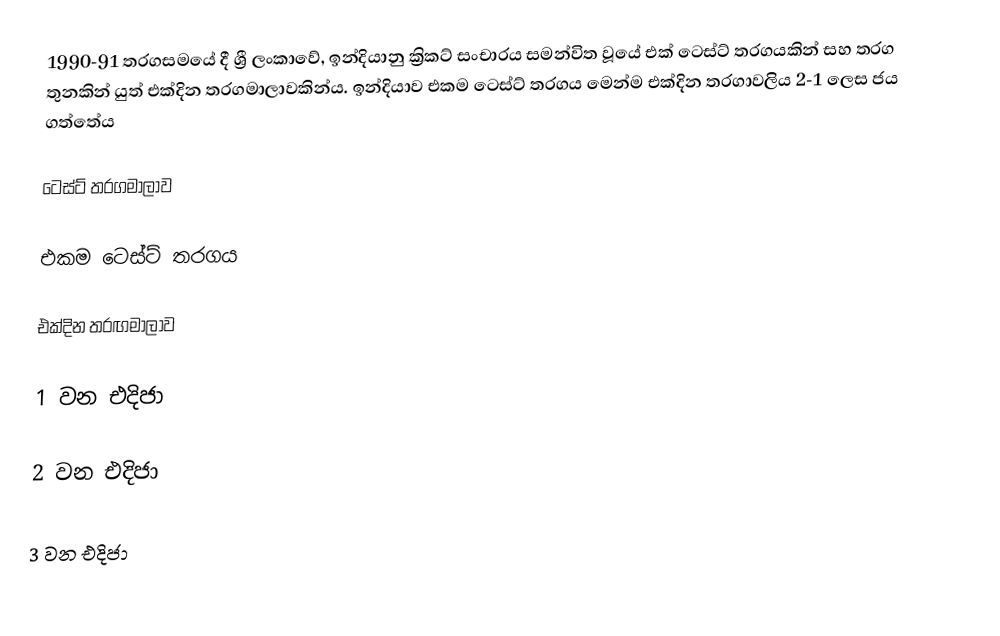
1990-91 තරගසමයේ දී ශ්‍රී ලංකාවේ, ඉන්දියානු ක්‍රිකට් සංචාරය සමන්විත වූයේ එක් ටෙස්ට් තරගයකින් සහ තරග තුනකින් යුත් එක්දින තරගමාලාවකින්ය. ඉන්දියාව එකම ටෙස්ට් තරගය මෙන්ම එක්දින තරගාවලිය 2-1 ලෙස ජය ගත්තේය

ටෙස්ට්  තරගමාලාව

එකම ටෙස්ට් තරගය

එක්දින තරඟමාලාව

1 වන එදිජා

2 වන එදිජා

3 වන එදිජා